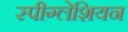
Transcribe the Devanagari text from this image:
स्पीग्लेशियन